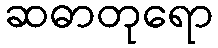
ဆဓာတုရော